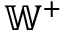
\mathbb { W } ^ { + }